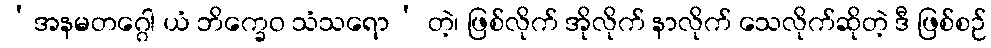
‘အနမတဂ္ဂေါ ယံ ဘိက္ခေဝ သံသရော’ တဲ့၊ ဖြစ်လိုက် အိုလိုက် နာလိုက် သေလိုက်ဆိုတဲ့ ဒီ ဖြစ်စဉ်